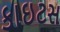
કાઇટસ